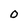
Character: O